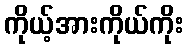
ကိုယ့်အားကိုယ်ကိုး